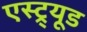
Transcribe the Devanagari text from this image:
एस्ट्र्यूड